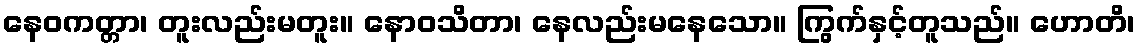
နေဝကတ္တာ၊ တူးလည်းမတူး။ နောဝသိတာ၊ နေလည်းမနေသော။ ကြွက်နှင့်တူသည်။ ဟောတိ၊